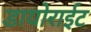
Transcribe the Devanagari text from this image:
डायोराईट